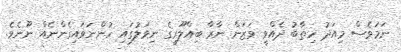
ނަމަވެސް މިއަދު ހިތާބު ދެއްވީ ވަޒަން ނާރާ ބިއްލޫރީގެ ނިވަލުގައި ހުންނަވައިގެންނެއް ނޫނެވެ.